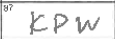
Transcription: KPW